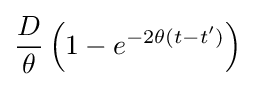
{\frac {D}{\theta }}\left(1-e^{-2\theta (t-t')}\right)